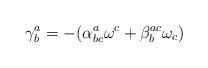
LaTeX: \begin{align*}\mathbf{\gamma }_{b}^{a}=-(\alpha _{bc}^{a}\mathbf{\omega }^{c}+\beta_{b}^{ac}\mathbf{\omega }_{c})\end{align*}